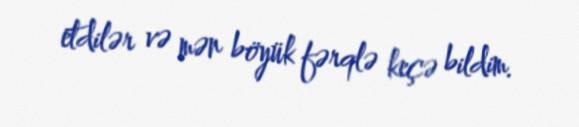
etdilər və mən böyük fərqlə keçə bildim.